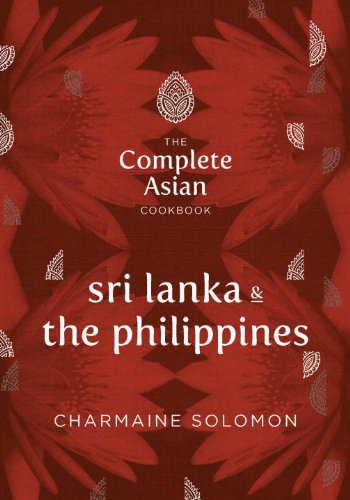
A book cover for The Complete Asian Cookbook Series: Sri Lanka & The Philippines; Charmaine Solomon; Cookbooks, Food & Wine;